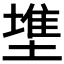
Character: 𰊵